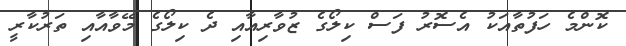
ކޮންމެ ހަފުތާއަކު އެސޮރު ފަސް ކިލޯގެ ޒުވާރިއާއި ދެ ކިލޯގެ މޭވާއާއި ތަރުކާރީ